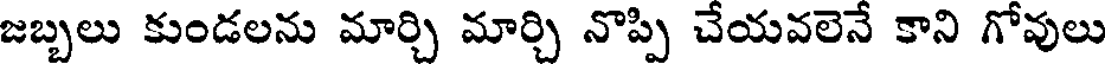
జబ్బలు కుండలను మార్చి మార్చి నొప్పి చేయవలెనే కాని గోవులు